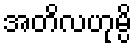
အတိလဟုမ္ပိ